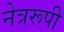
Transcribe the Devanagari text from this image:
नेत्ररूपी